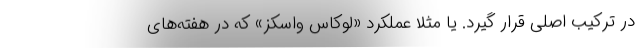
در ترکیب اصلی قرار گیرد. یا مثلا عملکرد «لوکاس واسکز» که در هفته‌های